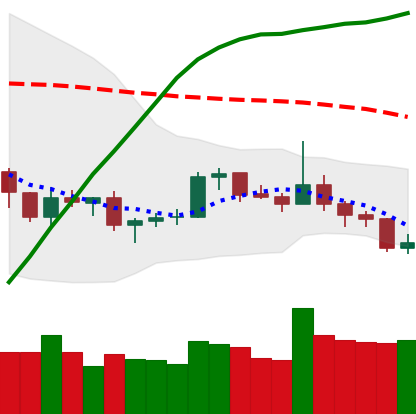
Ticker: LTC-USD
Chart end date: 2019-08-10
Forward return: -10.572%
Label: down_7plus